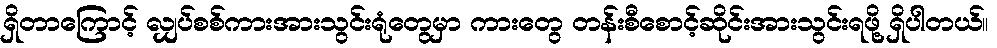
ရှိတာကြောင့် လျှပ်စစ်ကားအားသွင်းရုံတွေမှာ ကားတွေ တန်းစီစောင့်ဆိုင်းအားသွင်းရဖို့ ရှိပါတယ်။